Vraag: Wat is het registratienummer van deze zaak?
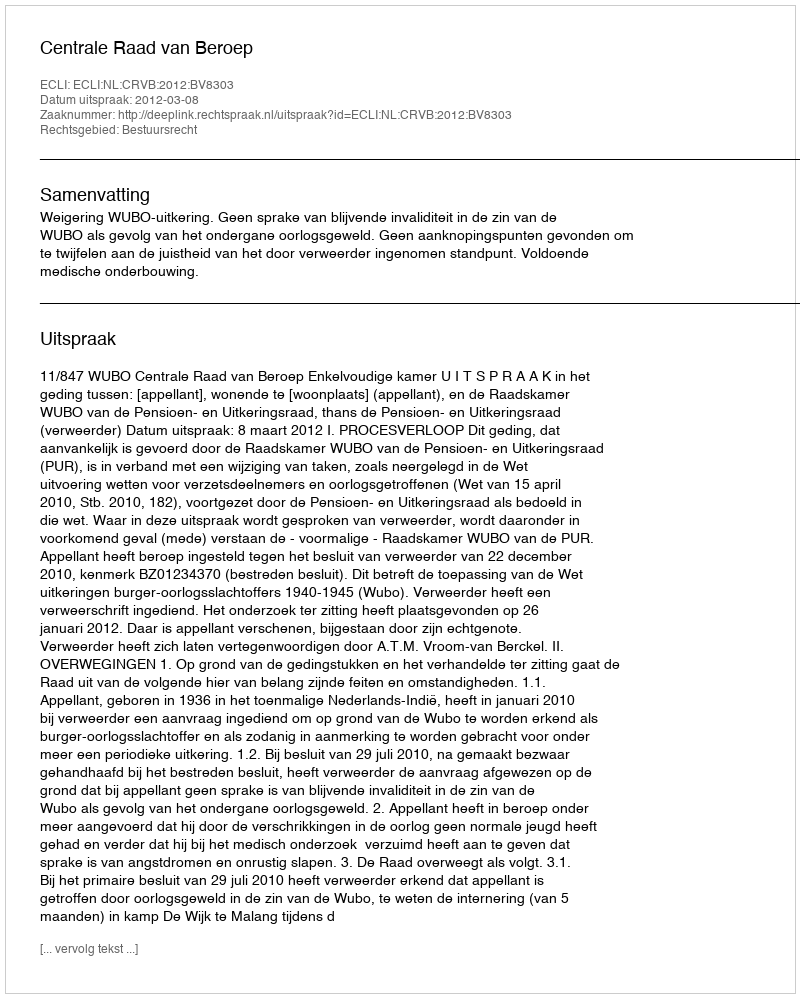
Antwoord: http://deeplink.rechtspraak.nl/uitspraak?id=ECLI:NL:CRVB:2012:BV8303